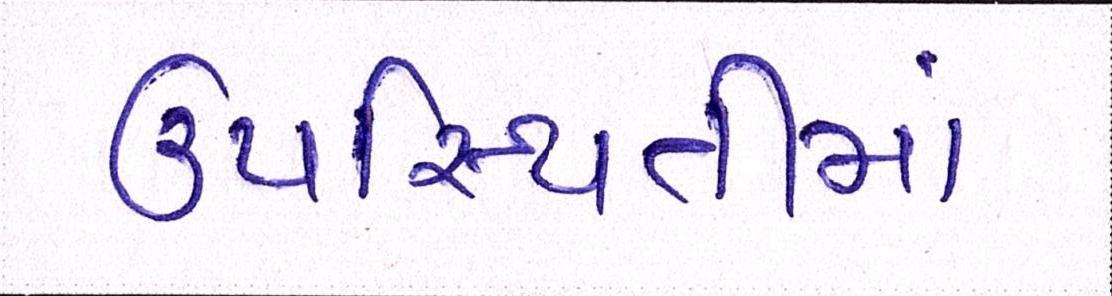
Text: ઉપસ્થિતીમાં